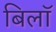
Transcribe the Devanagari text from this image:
बिलॉ